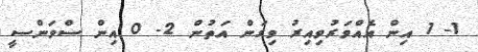
1- 1 އިން އެއްވަރުވިއިރު ވިގަން އަތުން 2- 0 އިން ސްވަންސީ